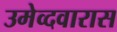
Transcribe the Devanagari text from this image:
उमेव्दवारास